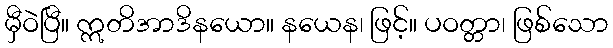
မှီဝဲပြီ။ ဣတိအာဒိနယော။ နယေန၊ ဖြင့်။ ပဝတ္တာ၊ ဖြစ်သော